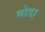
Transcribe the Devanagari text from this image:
मोडा़